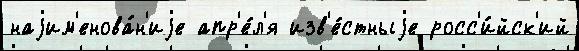
наjим'енова́н'иjе апр'е́л'я изв'е́стныjе росс'и́йск'ий